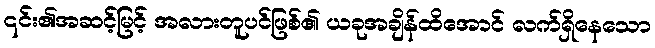
၎င်း၏အဆင့်မြင့် အလားတူပင်ဖြစ်၏ ယခုအချိန်ထိအောင် လက်ရှိနေသော